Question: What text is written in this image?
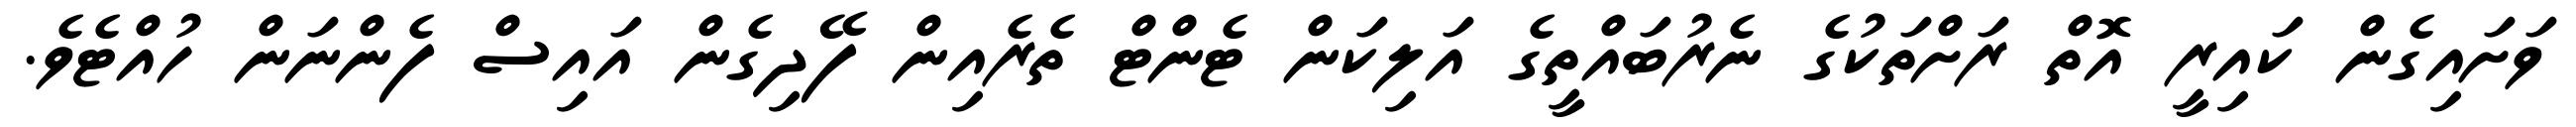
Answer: ވަށައިގެން ކައިރީ އޮތް ރަށްތަކުގެ ނެރުބައްތީގެ އަލިކަން ޓެންޓް ތެރެއިން ފޭދިގެން އައިސް ފެންނަން ހުއްޓެވެ.